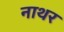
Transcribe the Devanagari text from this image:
नाथर